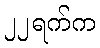
၂၂ရက်က